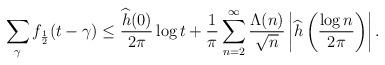
LaTeX: \begin{align*}\sum_{\gamma}f_{\frac{1}{2}}(t-\gamma)\leq \frac{\widehat{h}(0)}{2\pi}\log t +\frac{1}{\pi}\sum_{n=2}^\infty\frac{\Lambda(n)}{\sqrt{n}}\left|\widehat{h}\left(\frac{\log n}{2\pi}\right)\right|.\end{align*}